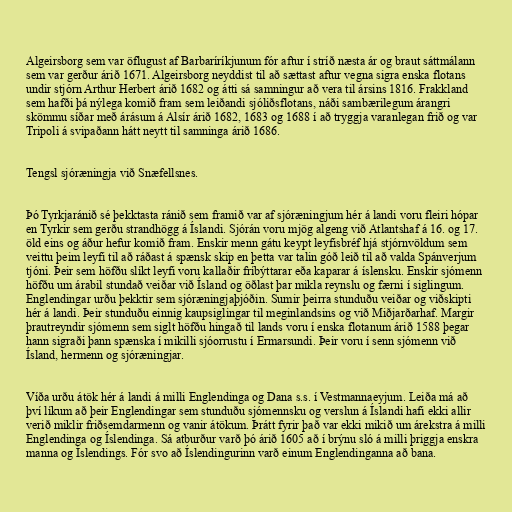
Algeirsborg sem var öflugust af Barbaríríkjunum fór aftur í stríð næsta ár og braut sáttmálann
sem var gerður árið 1671. Algeirsborg neyddist til að sættast aftur vegna sigra enska flotans
undir stjórn Arthur Herbert árið 1682 og átti sá samningur að vera til ársins 1816. Frakkland
sem hafði þá nýlega komið fram sem leiðandi sjóliðsflotans, náði sambærilegum árangri
skömmu síðar með árásum á Alsír árið 1682, 1683 og 1688 í að tryggja varanlegan frið og var
Tripoli á svipaðann hátt neytt til samninga árið 1686.

Tengsl sjóræningja við Snæfellsnes.

Þó Tyrkjaránið sé þekktasta ránið sem framið var af sjóræningjum hér á landi voru fleiri hópar
en Tyrkir sem gerðu strandhögg á Íslandi. Sjórán voru mjög algeng við Atlantshaf á 16. og 17.
öld eins og áður hefur komið fram. Enskir menn gátu keypt leyfisbréf hjá stjórnvöldum sem
veittu þeim leyfi til að ráðast á spænsk skip en þetta var talin góð leið til að valda Spánverjum
tjóni. Þeir sem höfðu slíkt leyfi voru kallaðir fríbýttarar eða kaparar á íslensku. Enskir sjómenn
höfðu um árabil stundað veiðar við Ísland og öðlast þar mikla reynslu og færni í siglingum.
Englendingar urðu þekktir sem sjóræningjaþjóðin. Sumir þeirra stunduðu veiðar og viðskipti
hér á landi. Þeir stunduðu einnig kaupsiglingar til meginlandsins og við Miðjarðarhaf. Margir
þrautreyndir sjómenn sem siglt höfðu hingað til lands voru í enska flotanum árið 1588 þegar
hann sigraði þann spænska í mikilli sjóorrustu í Ermarsundi. Þeir voru í senn sjómenn við
Ísland, hermenn og sjóræningjar.

Víða urðu átök hér á landi á milli Englendinga og Dana s.s. í Vestmannaeyjum. Leiða má að
því líkum að þeir Englendingar sem stunduðu sjómennsku og verslun á Íslandi hafi ekki allir
verið miklir friðsemdarmenn og vanir átökum. Þrátt fyrir það var ekki mikið um árekstra á milli
Englendinga og Íslendinga. Sá atburður varð þó árið 1605 að í brýnu sló á milli þriggja enskra
manna og Íslendings. Fór svo að Íslendingurinn varð einum Englendinganna að bana.